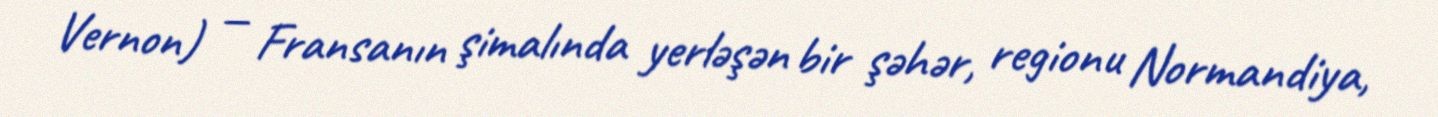
Vernon) — Fransanın şimalında yerləşən bir şəhər, regionu Normandiya,